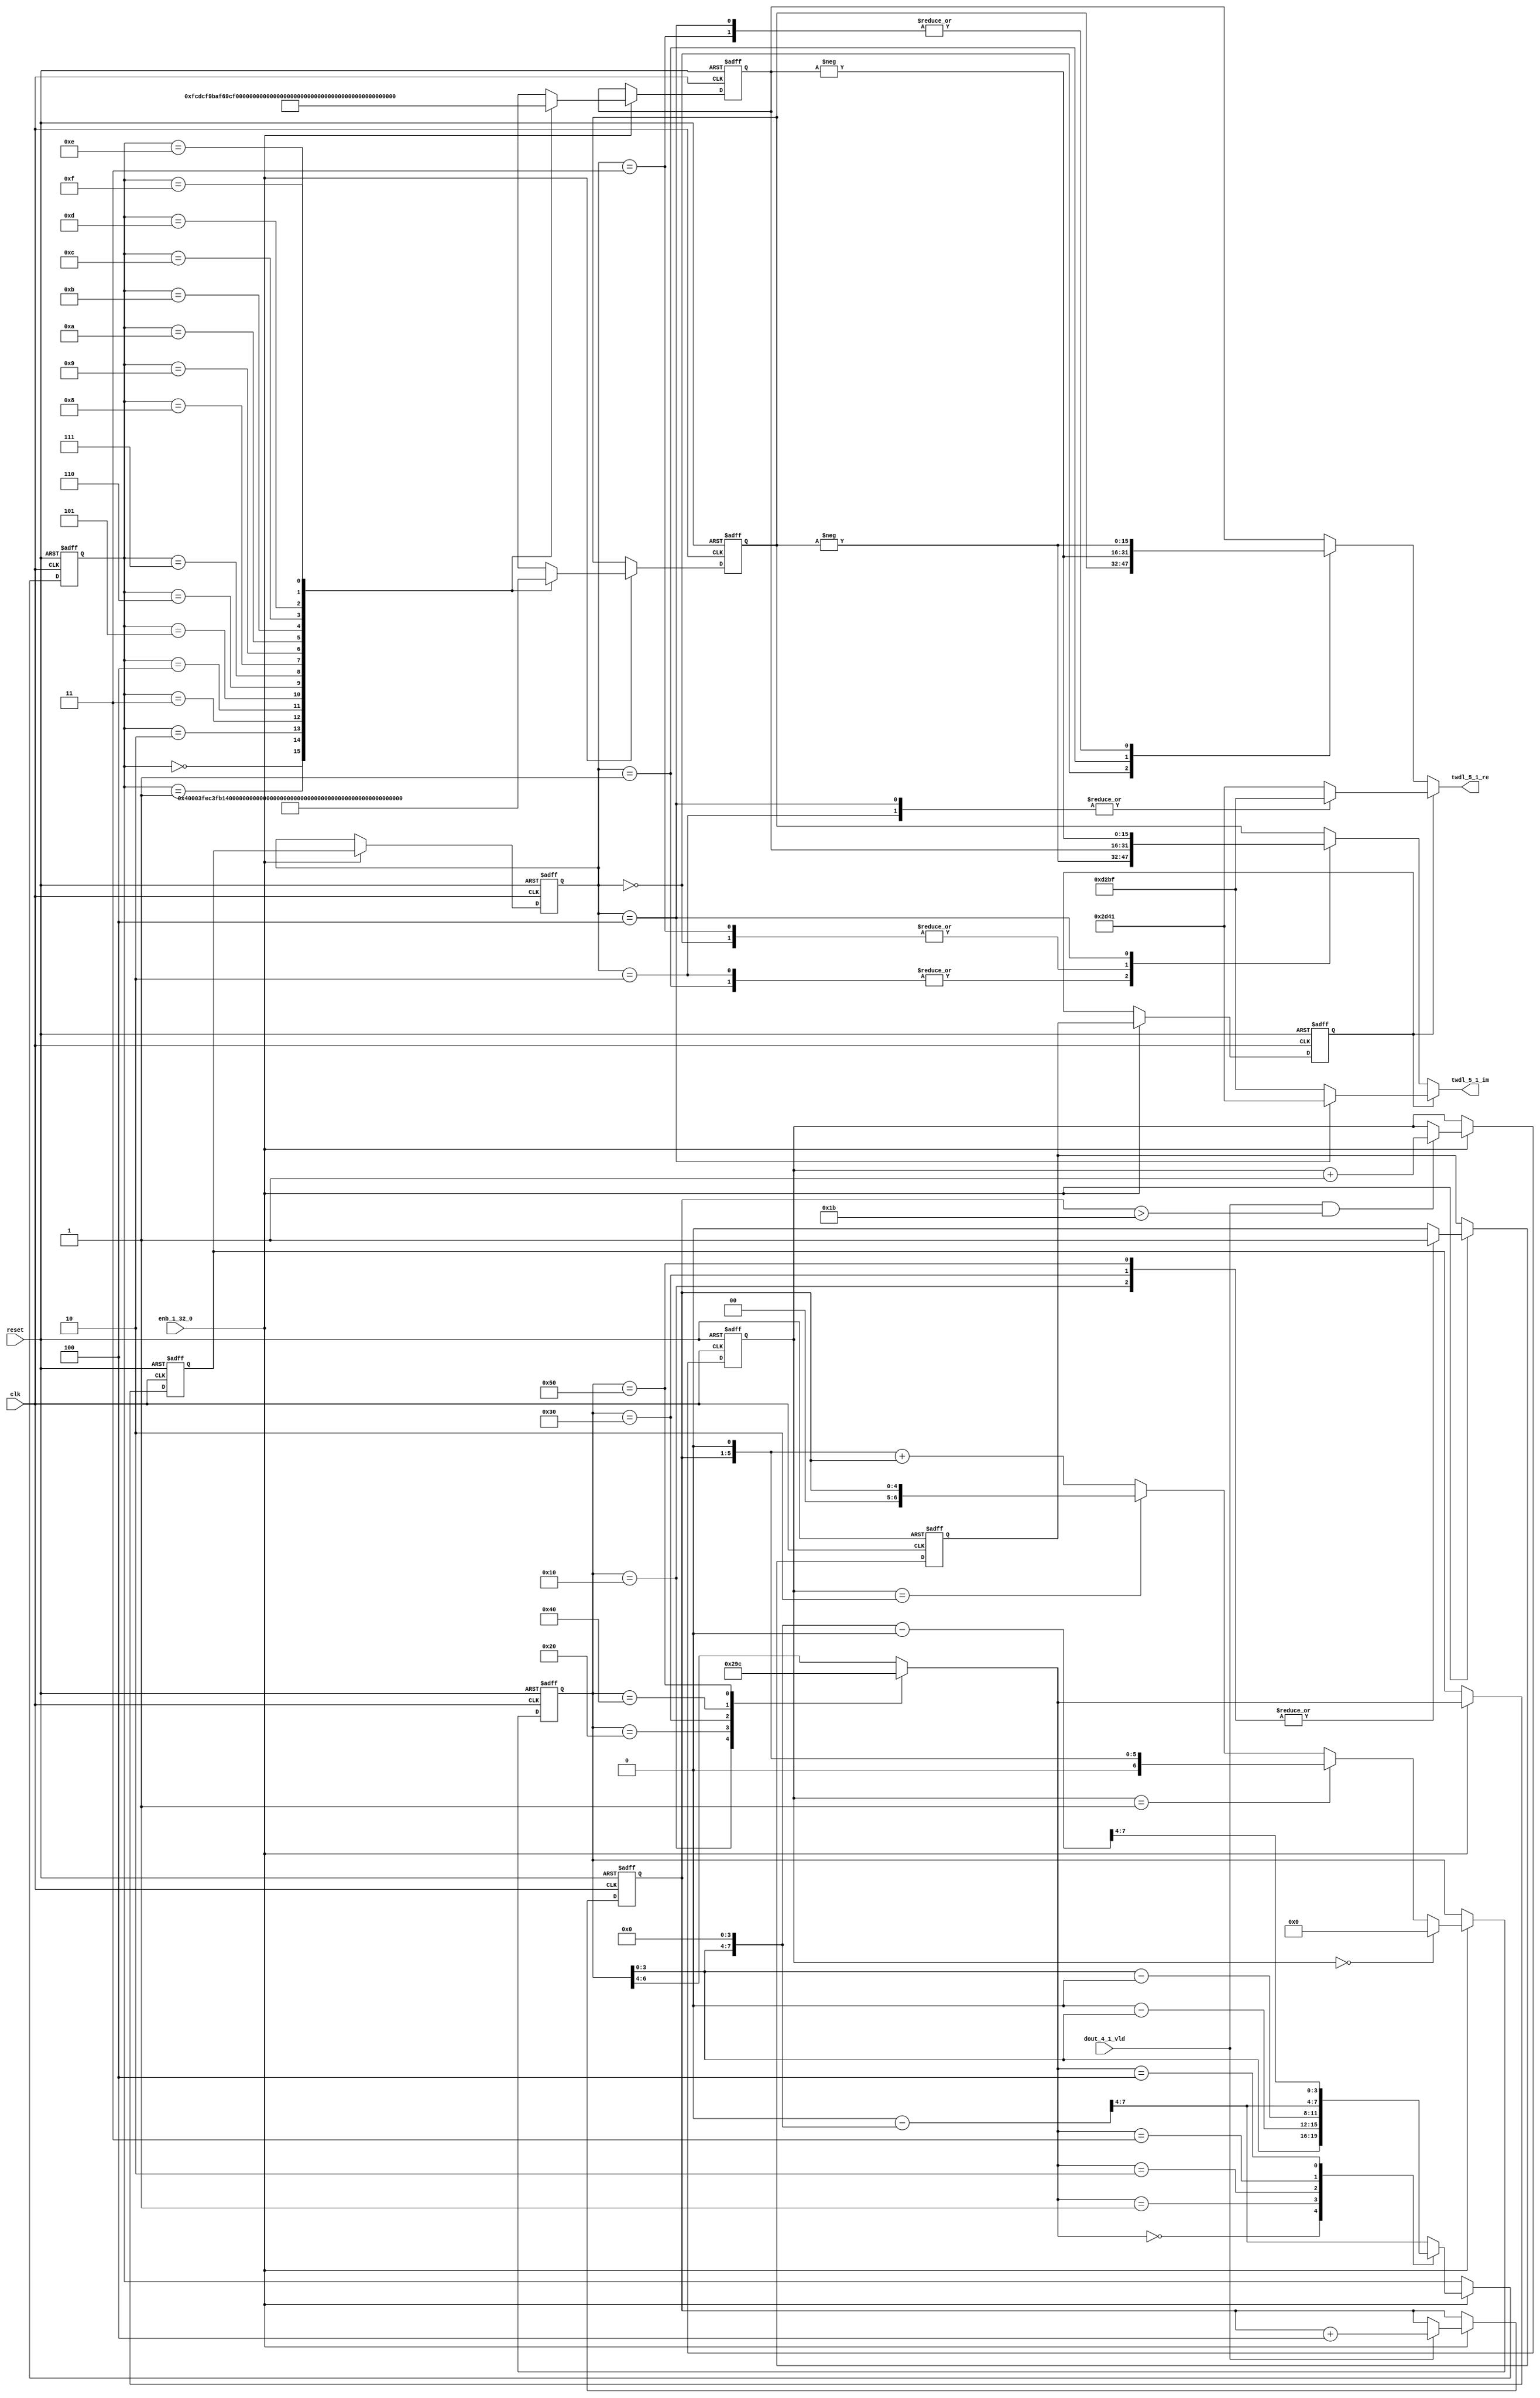
// -------------------------------------------------------------
// 
// 
// Generated by MATLAB 9.13 and HDL Coder 4.0
// 
// -------------------------------------------------------------


// -------------------------------------------------------------
// 
// Module: whdlOFDMTx_TWDLROM_5_1
// Source Path: dsphdl.IFFT/TWDLROM_5_1
// Hierarchy Level: 5
// 
// -------------------------------------------------------------

`timescale 1 ns / 1 ns

module whdlOFDMTx_TWDLROM_5_1
          (clk,
           reset,
           enb_1_32_0,
           dout_4_1_vld,
           twdl_5_1_re,
           twdl_5_1_im);


  input   clk;
  input   reset;
  input   enb_1_32_0;
  input   dout_4_1_vld;
  output  signed [15:0] twdl_5_1_re;  // sfix16_En14
  output  signed [15:0] twdl_5_1_im;  // sfix16_En14


  reg [4:0] Radix22TwdlMapping_cnt;  // ufix5
  reg [1:0] Radix22TwdlMapping_phase;  // ufix2
  reg [2:0] Radix22TwdlMapping_octantReg1;  // ufix3
  reg [6:0] Radix22TwdlMapping_twdlAddr_raw;  // ufix7
  reg [3:0] Radix22TwdlMapping_twdlAddrMap;  // ufix4
  reg  Radix22TwdlMapping_twdl45Reg;
  reg  Radix22TwdlMapping_dvldReg1;
  reg  Radix22TwdlMapping_dvldReg2;
  reg [4:0] Radix22TwdlMapping_cnt_next;  // ufix5
  reg [1:0] Radix22TwdlMapping_phase_next;  // ufix2
  reg [2:0] Radix22TwdlMapping_octantReg1_next;  // ufix3
  reg [6:0] Radix22TwdlMapping_twdlAddr_raw_next;  // ufix7
  reg [3:0] Radix22TwdlMapping_twdlAddrMap_next;  // ufix4
  reg  Radix22TwdlMapping_twdl45Reg_next;
  reg  Radix22TwdlMapping_dvldReg1_next;
  reg  Radix22TwdlMapping_dvldReg2_next;
  reg [3:0] twdlAddr;  // ufix4
  reg  twdlAddrVld;
  reg [2:0] twdlOctant;  // ufix3
  reg  twdl45;
  wire signed [15:0] Twiddle_re_table_data [0:15];  // sfix16_En14 [16]
  wire signed [15:0] twiddleS_re;  // sfix16_En14
  reg signed [15:0] twiddleReg_re;  // sfix16_En14
  wire signed [15:0] Twiddle_im_table_data [0:15];  // sfix16_En14 [16]
  wire signed [15:0] twiddleS_im;  // sfix16_En14
  reg signed [15:0] twiddleReg_im;  // sfix16_En14
  reg [2:0] twdlOctantReg;  // ufix3
  reg  twdl45Reg;
  reg signed [15:0] twdl_5_1_re_1;  // sfix16_En14
  reg signed [15:0] twdl_5_1_im_1;  // sfix16_En14
  reg [2:0] Radix22TwdlMapping_octant;  // ufix3
  reg [6:0] Radix22TwdlMapping_cnt_cast;  // ufix7
  reg signed [15:0] Radix22TwdlMapping_sub_cast;  // sfix16_En4
  reg signed [15:0] Radix22TwdlMapping_sub_temp;  // sfix16_En4
  reg signed [8:0] Radix22TwdlMapping_sub_temp_0;  // sfix9
  reg signed [8:0] Radix22TwdlMapping_sub_temp_1;  // sfix9
  reg signed [15:0] Radix22TwdlMapping_sub_cast_0;  // sfix16_En4
  reg signed [15:0] Radix22TwdlMapping_sub_temp_2;  // sfix16_En4
  reg signed [15:0] Radix22TwdlMapping_sub_cast_1;  // sfix16_En4
  reg signed [15:0] Radix22TwdlMapping_sub_temp_3;  // sfix16_En4
  reg [6:0] Radix22TwdlMapping_t_0_0;  // ufix7
  reg signed [8:0] Radix22TwdlMapping_t_1;  // sfix9
  reg signed [8:0] Radix22TwdlMapping_t_2_0;  // sfix9
  reg signed [15:0] Radix22TwdlOctCorr_twdlIn_re;  // sfix16_En14
  reg signed [15:0] Radix22TwdlOctCorr_twdlIn_im;  // sfix16_En14
  reg signed [16:0] Radix22TwdlOctCorr_cast;  // sfix17_En14
  reg signed [16:0] Radix22TwdlOctCorr_cast_0;  // sfix17_En14
  reg signed [16:0] Radix22TwdlOctCorr_cast_1;  // sfix17_En14
  reg signed [16:0] Radix22TwdlOctCorr_cast_2;  // sfix17_En14
  reg signed [16:0] Radix22TwdlOctCorr_cast_3;  // sfix17_En14
  reg signed [16:0] Radix22TwdlOctCorr_cast_4;  // sfix17_En14
  reg signed [16:0] Radix22TwdlOctCorr_cast_5;  // sfix17_En14
  reg signed [16:0] Radix22TwdlOctCorr_cast_6;  // sfix17_En14
  reg signed [16:0] Radix22TwdlOctCorr_cast_7;  // sfix17_En14
  reg signed [16:0] Radix22TwdlOctCorr_cast_8;  // sfix17_En14
  reg signed [16:0] Radix22TwdlOctCorr_cast_9;  // sfix17_En14
  reg signed [16:0] Radix22TwdlOctCorr_cast_10;  // sfix17_En14


  // Radix22TwdlMapping
  always @(posedge clk or posedge reset)
    begin : Radix22TwdlMapping_process
      if (reset == 1'b1) begin
        Radix22TwdlMapping_octantReg1 <= 3'b000;
        Radix22TwdlMapping_twdlAddr_raw <= 7'b0000000;
        Radix22TwdlMapping_twdlAddrMap <= 4'b0000;
        Radix22TwdlMapping_twdl45Reg <= 1'b0;
        Radix22TwdlMapping_dvldReg1 <= 1'b0;
        Radix22TwdlMapping_dvldReg2 <= 1'b0;
        Radix22TwdlMapping_cnt <= 5'b00000;
        Radix22TwdlMapping_phase <= 2'b00;
      end
      else begin
        if (enb_1_32_0) begin
          Radix22TwdlMapping_cnt <= Radix22TwdlMapping_cnt_next;
          Radix22TwdlMapping_phase <= Radix22TwdlMapping_phase_next;
          Radix22TwdlMapping_octantReg1 <= Radix22TwdlMapping_octantReg1_next;
          Radix22TwdlMapping_twdlAddr_raw <= Radix22TwdlMapping_twdlAddr_raw_next;
          Radix22TwdlMapping_twdlAddrMap <= Radix22TwdlMapping_twdlAddrMap_next;
          Radix22TwdlMapping_twdl45Reg <= Radix22TwdlMapping_twdl45Reg_next;
          Radix22TwdlMapping_dvldReg1 <= Radix22TwdlMapping_dvldReg1_next;
          Radix22TwdlMapping_dvldReg2 <= Radix22TwdlMapping_dvldReg2_next;
        end
      end
    end

  always @(Radix22TwdlMapping_cnt, Radix22TwdlMapping_dvldReg1,
       Radix22TwdlMapping_dvldReg2, Radix22TwdlMapping_octantReg1,
       Radix22TwdlMapping_phase, Radix22TwdlMapping_twdl45Reg,
       Radix22TwdlMapping_twdlAddrMap, Radix22TwdlMapping_twdlAddr_raw,
       dout_4_1_vld) begin
    Radix22TwdlMapping_sub_temp = 16'sb0000000000000000;
    Radix22TwdlMapping_sub_temp_0 = 9'sb000000000;
    Radix22TwdlMapping_sub_temp_1 = 9'sb000000000;
    Radix22TwdlMapping_sub_temp_2 = 16'sb0000000000000000;
    Radix22TwdlMapping_sub_temp_3 = 16'sb0000000000000000;
    Radix22TwdlMapping_cnt_cast = 7'b0000000;
    Radix22TwdlMapping_sub_cast = 16'sb0000000000000000;
    Radix22TwdlMapping_sub_cast_0 = 16'sb0000000000000000;
    Radix22TwdlMapping_sub_cast_1 = 16'sb0000000000000000;
    Radix22TwdlMapping_t_0_0 = 7'b0000000;
    Radix22TwdlMapping_t_1 = 9'sb000000000;
    Radix22TwdlMapping_t_2_0 = 9'sb000000000;
    Radix22TwdlMapping_cnt_next = Radix22TwdlMapping_cnt;
    Radix22TwdlMapping_phase_next = Radix22TwdlMapping_phase;
    Radix22TwdlMapping_twdlAddr_raw_next = Radix22TwdlMapping_twdlAddr_raw;
    Radix22TwdlMapping_twdlAddrMap_next = Radix22TwdlMapping_twdlAddrMap;
    Radix22TwdlMapping_twdl45Reg_next = Radix22TwdlMapping_twdl45Reg;
    Radix22TwdlMapping_dvldReg2_next = Radix22TwdlMapping_dvldReg1;
    Radix22TwdlMapping_dvldReg1_next = dout_4_1_vld;
    case ( Radix22TwdlMapping_twdlAddr_raw)
      7'b0010000 :
        begin
          Radix22TwdlMapping_octant = 3'b000;
          Radix22TwdlMapping_twdl45Reg_next = 1'b1;
        end
      7'b0100000 :
        begin
          Radix22TwdlMapping_octant = 3'b001;
          Radix22TwdlMapping_twdl45Reg_next = 1'b0;
        end
      7'b0110000 :
        begin
          Radix22TwdlMapping_octant = 3'b010;
          Radix22TwdlMapping_twdl45Reg_next = 1'b1;
        end
      7'b1000000 :
        begin
          Radix22TwdlMapping_octant = 3'b011;
          Radix22TwdlMapping_twdl45Reg_next = 1'b0;
        end
      7'b1010000 :
        begin
          Radix22TwdlMapping_octant = 3'b100;
          Radix22TwdlMapping_twdl45Reg_next = 1'b1;
        end
      default :
        begin
          Radix22TwdlMapping_octant = Radix22TwdlMapping_twdlAddr_raw[6:4];
          Radix22TwdlMapping_twdl45Reg_next = 1'b0;
        end
    endcase
    Radix22TwdlMapping_octantReg1_next = Radix22TwdlMapping_octant;
    case ( Radix22TwdlMapping_octant)
      3'b000 :
        begin
          Radix22TwdlMapping_twdlAddrMap_next = Radix22TwdlMapping_twdlAddr_raw[3:0];
        end
      3'b001 :
        begin
          Radix22TwdlMapping_t_1 = {2'b0, Radix22TwdlMapping_twdlAddr_raw};
          Radix22TwdlMapping_sub_temp_0 = 9'sb000100000 - Radix22TwdlMapping_t_1;
          Radix22TwdlMapping_twdlAddrMap_next = Radix22TwdlMapping_sub_temp_0[3:0];
        end
      3'b010 :
        begin
          Radix22TwdlMapping_t_2_0 = {2'b0, Radix22TwdlMapping_twdlAddr_raw};
          Radix22TwdlMapping_sub_temp_1 = Radix22TwdlMapping_t_2_0 - 9'sb000100000;
          Radix22TwdlMapping_twdlAddrMap_next = Radix22TwdlMapping_sub_temp_1[3:0];
        end
      3'b011 :
        begin
          Radix22TwdlMapping_sub_cast_0 = {5'b0, {Radix22TwdlMapping_twdlAddr_raw, 4'b0000}};
          Radix22TwdlMapping_sub_temp_2 = 16'sb0000010000000000 - Radix22TwdlMapping_sub_cast_0;
          Radix22TwdlMapping_twdlAddrMap_next = Radix22TwdlMapping_sub_temp_2[7:4];
        end
      3'b100 :
        begin
          Radix22TwdlMapping_sub_cast_1 = {5'b0, {Radix22TwdlMapping_twdlAddr_raw, 4'b0000}};
          Radix22TwdlMapping_sub_temp_3 = Radix22TwdlMapping_sub_cast_1 - 16'sb0000010000000000;
          Radix22TwdlMapping_twdlAddrMap_next = Radix22TwdlMapping_sub_temp_3[7:4];
        end
      default :
        begin
          Radix22TwdlMapping_sub_cast = {5'b0, {Radix22TwdlMapping_twdlAddr_raw, 4'b0000}};
          Radix22TwdlMapping_sub_temp = 16'sb0000011000000000 - Radix22TwdlMapping_sub_cast;
          Radix22TwdlMapping_twdlAddrMap_next = Radix22TwdlMapping_sub_temp[7:4];
        end
    endcase
    if (Radix22TwdlMapping_phase == 2'b00) begin
      Radix22TwdlMapping_twdlAddr_raw_next = 7'b0000000;
    end
    else if (Radix22TwdlMapping_phase == 2'b01) begin
      Radix22TwdlMapping_t_0_0 = {2'b0, Radix22TwdlMapping_cnt};
      Radix22TwdlMapping_twdlAddr_raw_next = Radix22TwdlMapping_t_0_0 <<< 8'd1;
    end
    else if (Radix22TwdlMapping_phase == 2'b10) begin
      Radix22TwdlMapping_twdlAddr_raw_next = {2'b0, Radix22TwdlMapping_cnt};
    end
    else begin
      Radix22TwdlMapping_cnt_cast = {2'b0, Radix22TwdlMapping_cnt};
      Radix22TwdlMapping_twdlAddr_raw_next = (Radix22TwdlMapping_cnt_cast <<< 8'd1) + Radix22TwdlMapping_cnt_cast;
    end
    if (dout_4_1_vld && (Radix22TwdlMapping_cnt > 5'b11011)) begin
      Radix22TwdlMapping_phase_next = Radix22TwdlMapping_phase + 2'b01;
    end
    if (dout_4_1_vld) begin
      Radix22TwdlMapping_cnt_next = Radix22TwdlMapping_cnt + 5'b00100;
    end
    twdlAddr = Radix22TwdlMapping_twdlAddrMap;
    twdlAddrVld = Radix22TwdlMapping_dvldReg2;
    twdlOctant = Radix22TwdlMapping_octantReg1;
    twdl45 = Radix22TwdlMapping_twdl45Reg;
  end



  // Twiddle ROM1
  assign Twiddle_re_table_data[0] = 16'sb0100000000000000;
  assign Twiddle_re_table_data[1] = 16'sb0011111111101100;
  assign Twiddle_re_table_data[2] = 16'sb0011111110110001;
  assign Twiddle_re_table_data[3] = 16'sb0011111101001111;
  assign Twiddle_re_table_data[4] = 16'sb0011111011000101;
  assign Twiddle_re_table_data[5] = 16'sb0011111000010101;
  assign Twiddle_re_table_data[6] = 16'sb0011110100111111;
  assign Twiddle_re_table_data[7] = 16'sb0011110001000010;
  assign Twiddle_re_table_data[8] = 16'sb0011101100100001;
  assign Twiddle_re_table_data[9] = 16'sb0011100111011011;
  assign Twiddle_re_table_data[10] = 16'sb0011100001110001;
  assign Twiddle_re_table_data[11] = 16'sb0011011011100101;
  assign Twiddle_re_table_data[12] = 16'sb0011010100110111;
  assign Twiddle_re_table_data[13] = 16'sb0011001101101000;
  assign Twiddle_re_table_data[14] = 16'sb0011000101111001;
  assign Twiddle_re_table_data[15] = 16'sb0010111101101100;
  assign twiddleS_re = Twiddle_re_table_data[twdlAddr];



  always @(posedge clk or posedge reset)
    begin : TWIDDLEROM_RE_process
      if (reset == 1'b1) begin
        twiddleReg_re <= 16'sb0000000000000000;
      end
      else begin
        if (enb_1_32_0) begin
          twiddleReg_re <= twiddleS_re;
        end
      end
    end



  // Twiddle ROM2
  assign Twiddle_im_table_data[0] = 16'sb0000000000000000;
  assign Twiddle_im_table_data[1] = 16'sb1111110011011100;
  assign Twiddle_im_table_data[2] = 16'sb1111100110111010;
  assign Twiddle_im_table_data[3] = 16'sb1111011010011100;
  assign Twiddle_im_table_data[4] = 16'sb1111001110000100;
  assign Twiddle_im_table_data[5] = 16'sb1111000001110011;
  assign Twiddle_im_table_data[6] = 16'sb1110110101101100;
  assign Twiddle_im_table_data[7] = 16'sb1110101001110000;
  assign Twiddle_im_table_data[8] = 16'sb1110011110000010;
  assign Twiddle_im_table_data[9] = 16'sb1110010010100011;
  assign Twiddle_im_table_data[10] = 16'sb1110000111010101;
  assign Twiddle_im_table_data[11] = 16'sb1101111100011001;
  assign Twiddle_im_table_data[12] = 16'sb1101110001110010;
  assign Twiddle_im_table_data[13] = 16'sb1101100111100000;
  assign Twiddle_im_table_data[14] = 16'sb1101011101100110;
  assign Twiddle_im_table_data[15] = 16'sb1101010100000101;
  assign twiddleS_im = Twiddle_im_table_data[twdlAddr];



  always @(posedge clk or posedge reset)
    begin : TWIDDLEROM_IM_process
      if (reset == 1'b1) begin
        twiddleReg_im <= 16'sb0000000000000000;
      end
      else begin
        if (enb_1_32_0) begin
          twiddleReg_im <= twiddleS_im;
        end
      end
    end



  always @(posedge clk or posedge reset)
    begin : intdelay_process
      if (reset == 1'b1) begin
        twdlOctantReg <= 3'b000;
      end
      else begin
        if (enb_1_32_0) begin
          twdlOctantReg <= twdlOctant;
        end
      end
    end



  always @(posedge clk or posedge reset)
    begin : intdelay_1_process
      if (reset == 1'b1) begin
        twdl45Reg <= 1'b0;
      end
      else begin
        if (enb_1_32_0) begin
          twdl45Reg <= twdl45;
        end
      end
    end



  // Radix22TwdlOctCorr
  always @(twdl45Reg, twdlOctantReg, twiddleReg_im, twiddleReg_re) begin
    Radix22TwdlOctCorr_cast_0 = 17'sb00000000000000000;
    Radix22TwdlOctCorr_cast_2 = 17'sb00000000000000000;
    Radix22TwdlOctCorr_cast_4 = 17'sb00000000000000000;
    Radix22TwdlOctCorr_cast_6 = 17'sb00000000000000000;
    Radix22TwdlOctCorr_cast_8 = 17'sb00000000000000000;
    Radix22TwdlOctCorr_cast_10 = 17'sb00000000000000000;
    Radix22TwdlOctCorr_cast = 17'sb00000000000000000;
    Radix22TwdlOctCorr_cast_1 = 17'sb00000000000000000;
    Radix22TwdlOctCorr_cast_3 = 17'sb00000000000000000;
    Radix22TwdlOctCorr_cast_5 = 17'sb00000000000000000;
    Radix22TwdlOctCorr_cast_7 = 17'sb00000000000000000;
    Radix22TwdlOctCorr_cast_9 = 17'sb00000000000000000;
    Radix22TwdlOctCorr_twdlIn_re = twiddleReg_re;
    Radix22TwdlOctCorr_twdlIn_im = twiddleReg_im;
    if (twdl45Reg) begin
      case ( twdlOctantReg)
        3'b000 :
          begin
            Radix22TwdlOctCorr_twdlIn_re = 16'sb0010110101000001;
            Radix22TwdlOctCorr_twdlIn_im = 16'sb1101001010111111;
          end
        3'b010 :
          begin
            Radix22TwdlOctCorr_twdlIn_re = 16'sb1101001010111111;
            Radix22TwdlOctCorr_twdlIn_im = 16'sb1101001010111111;
          end
        3'b100 :
          begin
            Radix22TwdlOctCorr_twdlIn_re = 16'sb1101001010111111;
            Radix22TwdlOctCorr_twdlIn_im = 16'sb0010110101000001;
          end
        default :
          begin
            Radix22TwdlOctCorr_twdlIn_re = 16'sb0010110101000001;
            Radix22TwdlOctCorr_twdlIn_im = 16'sb1101001010111111;
          end
      endcase
    end
    else begin
      case ( twdlOctantReg)
        3'b000 :
          begin
          end
        3'b001 :
          begin
            Radix22TwdlOctCorr_cast = {twiddleReg_im[15], twiddleReg_im};
            Radix22TwdlOctCorr_cast_0 =  - (Radix22TwdlOctCorr_cast);
            Radix22TwdlOctCorr_twdlIn_re = Radix22TwdlOctCorr_cast_0[15:0];
            Radix22TwdlOctCorr_cast_5 = {twiddleReg_re[15], twiddleReg_re};
            Radix22TwdlOctCorr_cast_6 =  - (Radix22TwdlOctCorr_cast_5);
            Radix22TwdlOctCorr_twdlIn_im = Radix22TwdlOctCorr_cast_6[15:0];
          end
        3'b010 :
          begin
            Radix22TwdlOctCorr_twdlIn_re = twiddleReg_im;
            Radix22TwdlOctCorr_cast_7 = {twiddleReg_re[15], twiddleReg_re};
            Radix22TwdlOctCorr_cast_8 =  - (Radix22TwdlOctCorr_cast_7);
            Radix22TwdlOctCorr_twdlIn_im = Radix22TwdlOctCorr_cast_8[15:0];
          end
        3'b011 :
          begin
            Radix22TwdlOctCorr_cast_1 = {twiddleReg_re[15], twiddleReg_re};
            Radix22TwdlOctCorr_cast_2 =  - (Radix22TwdlOctCorr_cast_1);
            Radix22TwdlOctCorr_twdlIn_re = Radix22TwdlOctCorr_cast_2[15:0];
            Radix22TwdlOctCorr_twdlIn_im = twiddleReg_im;
          end
        3'b100 :
          begin
            Radix22TwdlOctCorr_cast_3 = {twiddleReg_re[15], twiddleReg_re};
            Radix22TwdlOctCorr_cast_4 =  - (Radix22TwdlOctCorr_cast_3);
            Radix22TwdlOctCorr_twdlIn_re = Radix22TwdlOctCorr_cast_4[15:0];
            Radix22TwdlOctCorr_cast_9 = {twiddleReg_im[15], twiddleReg_im};
            Radix22TwdlOctCorr_cast_10 =  - (Radix22TwdlOctCorr_cast_9);
            Radix22TwdlOctCorr_twdlIn_im = Radix22TwdlOctCorr_cast_10[15:0];
          end
        default :
          begin
            Radix22TwdlOctCorr_twdlIn_re = twiddleReg_im;
            Radix22TwdlOctCorr_twdlIn_im = twiddleReg_re;
          end
      endcase
    end
    twdl_5_1_re_1 = Radix22TwdlOctCorr_twdlIn_re;
    twdl_5_1_im_1 = Radix22TwdlOctCorr_twdlIn_im;
  end



  assign twdl_5_1_re = twdl_5_1_re_1;

  assign twdl_5_1_im = twdl_5_1_im_1;

endmodule  // whdlOFDMTx_TWDLROM_5_1